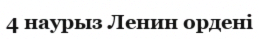
4 наурыз Ленин ордені